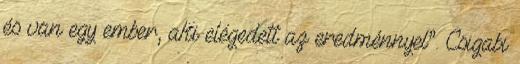
és van egy ember, aki elégedett az eredménnyel”. Csigabi